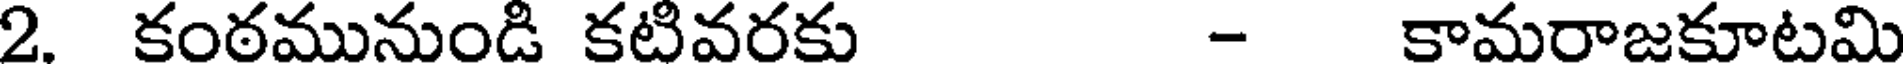
2. కంఠమునుండి కటివరకు - కామరాజకూటమి